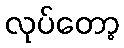
လုပ်တော့